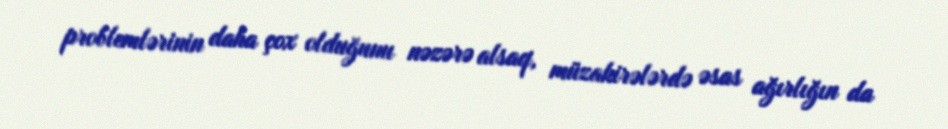
problemlərinin daha çox olduğunu nəzərə alsaq, müzakirələrdə əsas ağırlığın da